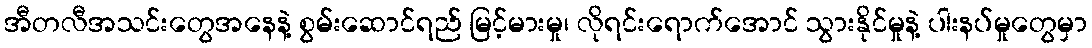
အီတလီအသင်းတွေအနေနဲ့ စွမ်းဆောင်ရည် မြင့်မားမှု၊ လိုရင်းရောက်အောင် သွားနိုင်မှုနဲ့ ပါးနပ်မှုတွေမှာ